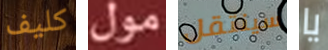
كليف مول سينتقل يا